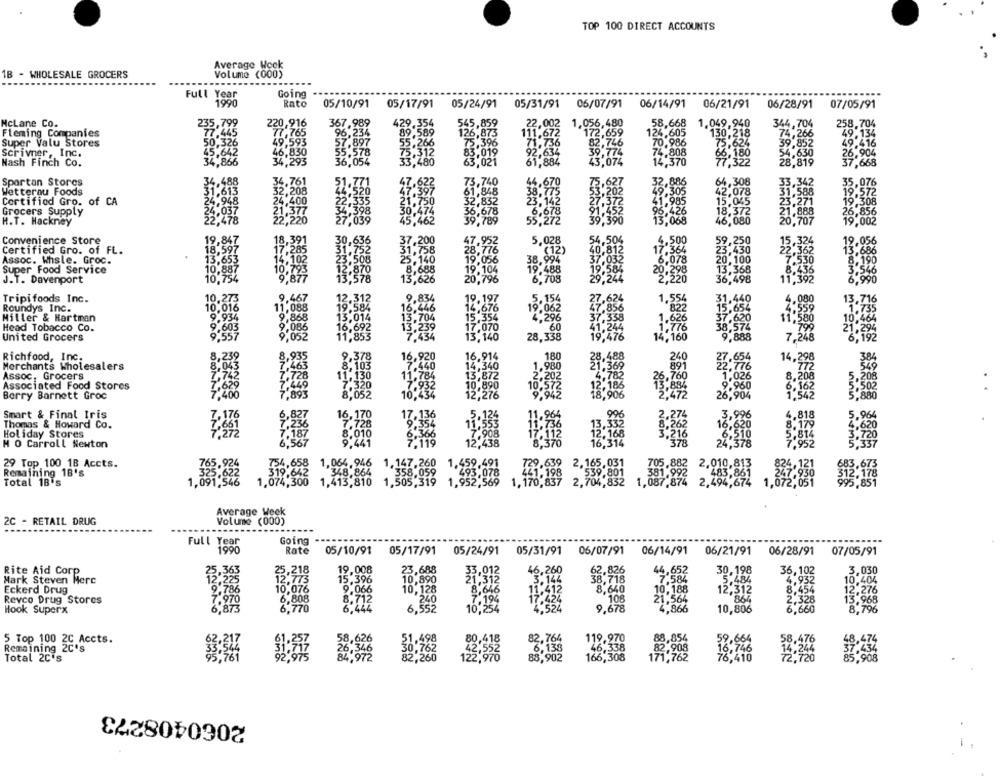
TOP 100 DIRECT ACCOUNTS
Average Wock
1B - WHOLESALE GROCERS
Volume (000)
Full Year
Going
1990
Rato
05/10/91
05/17/91
05/24/91
05/31/91
06/07/91
06/14/91
06/21/91
06/28/91
07/05/91
McLane Co.
235,799
220,916
367,989
429.354
545,859
22,002
1.056,480
58,668
1.049,940
344,704
258,704
Fleming Companies
77.445
77,765
96,234
89,589
126,873
111,672
172,659
124,605
130,218
74,266
49,134
49,593
57.897
Super Valu Stores
50,326
22
55,266
75.396
82,746
70.986
75,624
39,852
Scrivner, Inc.
45.642
46,830
55.578
75.312
83.019
92,634
39,774
74,808
66,180
54,630
26,904
Wash Finch Co.
34,866
34,293
36,054
33,480
63,021
61,884
43,074
14,370
77,322
28,819
37.668
34.761
Spartan Stores
36.488
47,623
73.740
44,670
75.627
64,308
.342
35,076
Wetterau Foods
31.613
32,208
£ 520
47.397
61,848
38.775
53.202
9.305
42,078
19.572
Certified Gro. of CA
24.948
24,400
22,555
21.750
32,832
23.142
27,372
1.902
15,045
23.271
19,308
21:377
34.398
30,474
18,372
21.888
26,856
Grocers Supply
13.068
H.T. Hackney
IN
22,220
27.039
45,462
789
55,272
39,390
46,080
20,707
19,002
Convenience Store
19,847
18.391
,200
54,504
500
Certified Gro. of FL.
18,597
17,285
: 776
,952
40,812
17.
39.4
15.325
14.102
23,508
37.032
Assoc. Whsle. Groc.
25.140
38.994
20,100
Super Food Service
10.887
10,793
12,870
8,688
19,104
19.488
19.584
20,298
13,368
J.T. Davenport
10,754
9,877
13.578
13,626
20,796
6,708
29.244
2,220
36,498
1.392
9,467
9.854
Tripifoods Inc.
12.312
19.197
5.154
27,624
.554
31,440
4.080
Roundys Inc.
11,088
19.584
14,676
19,062
47.856
822
15,654
Miller & Hartman
9.868
15,354
4.296
.626
.620
Head Tobacco Co.
9.603
2.086
17,070
60
38,574
United Grocers
9.557
9.052
13,140
28,338
14,160
9,888
7,246
Richfood, Inc.
8,239
9.378
16,920
16,914
180
Merchants Wholesalers
8,043
8,103
7.440
14,340
1,980
240
14,29
7.742
1.784
22.976
Assoc, Grocers
11,130
13,872
2,202
,760
1,026
8,208
20%
Associated Food Stores
7.629
7.320
10,890
572
9.960
,502
Berry Barnett Groc
7,400
7.893
8,052
10,434
12,276
9.942
5.880
17,136
5,124
Smart & Final Iris
7,176
6,827
16,170
11.964
.3,996
4.818
5.964
Thomas & Howard Co.
7.236
₸"728
9,354
11,553
11,736
4.620
Holiday Stores
7.272
7.187
8,010
6,366
7.908
17,112
H O Carroll Newton
6,567
9,441
7.119
12,438
8,370
29 Top 100 1B Accts.
754,658
1,064.946
1.147,260
1.459.491
729.638
2,010,813
Remaining 18's
5.622
319.642
348,864
493,078
441.198
Total 18's
1,091,546
1.074,300
1,413,810
1,505,319
58,058
1,952,569
1.170,837
„*$59.801
2, 494 , 872
Average Week
2C - RETAIL DRUG
Volume (000)
all Year
Going
1990
Rate
05/10/91
05/17/91
05/24/91
05/31/91
06/07/91
06/14/91
06/21/91
06/28/91
07/05/91
19.008
23,688
46,260
30,198
Rite Aid Corp
25,363
23,218
33,012
44,652
36,102
3,030
Mark Steven Merc
15.396
10.8
21.312
3.144
38.918
7.584
5.484
4.952
10,404
Eckerd Drug
9.786
10,076
9.066
10,128
8,646
11,412
8,640
10,188
12,312
8,454
12,276
Revco Drug Stores
7.970
6,808
8.712
7'194
17.424
21,564
864
2,328
13.968
4.524
Hook Superx
6,873
6,770
6.444
6,552
10,254
9,678
4,866
10,806
6,660
8.796
5 Top 100 2C Accts.
82.764
119,970
.626
.498
6.138
46,338
59.664
Remaining 2C's
26, 346
30,762
82.908
Total 2C's
260
88,902
166,308
171,762
76.
85:908
2060408273